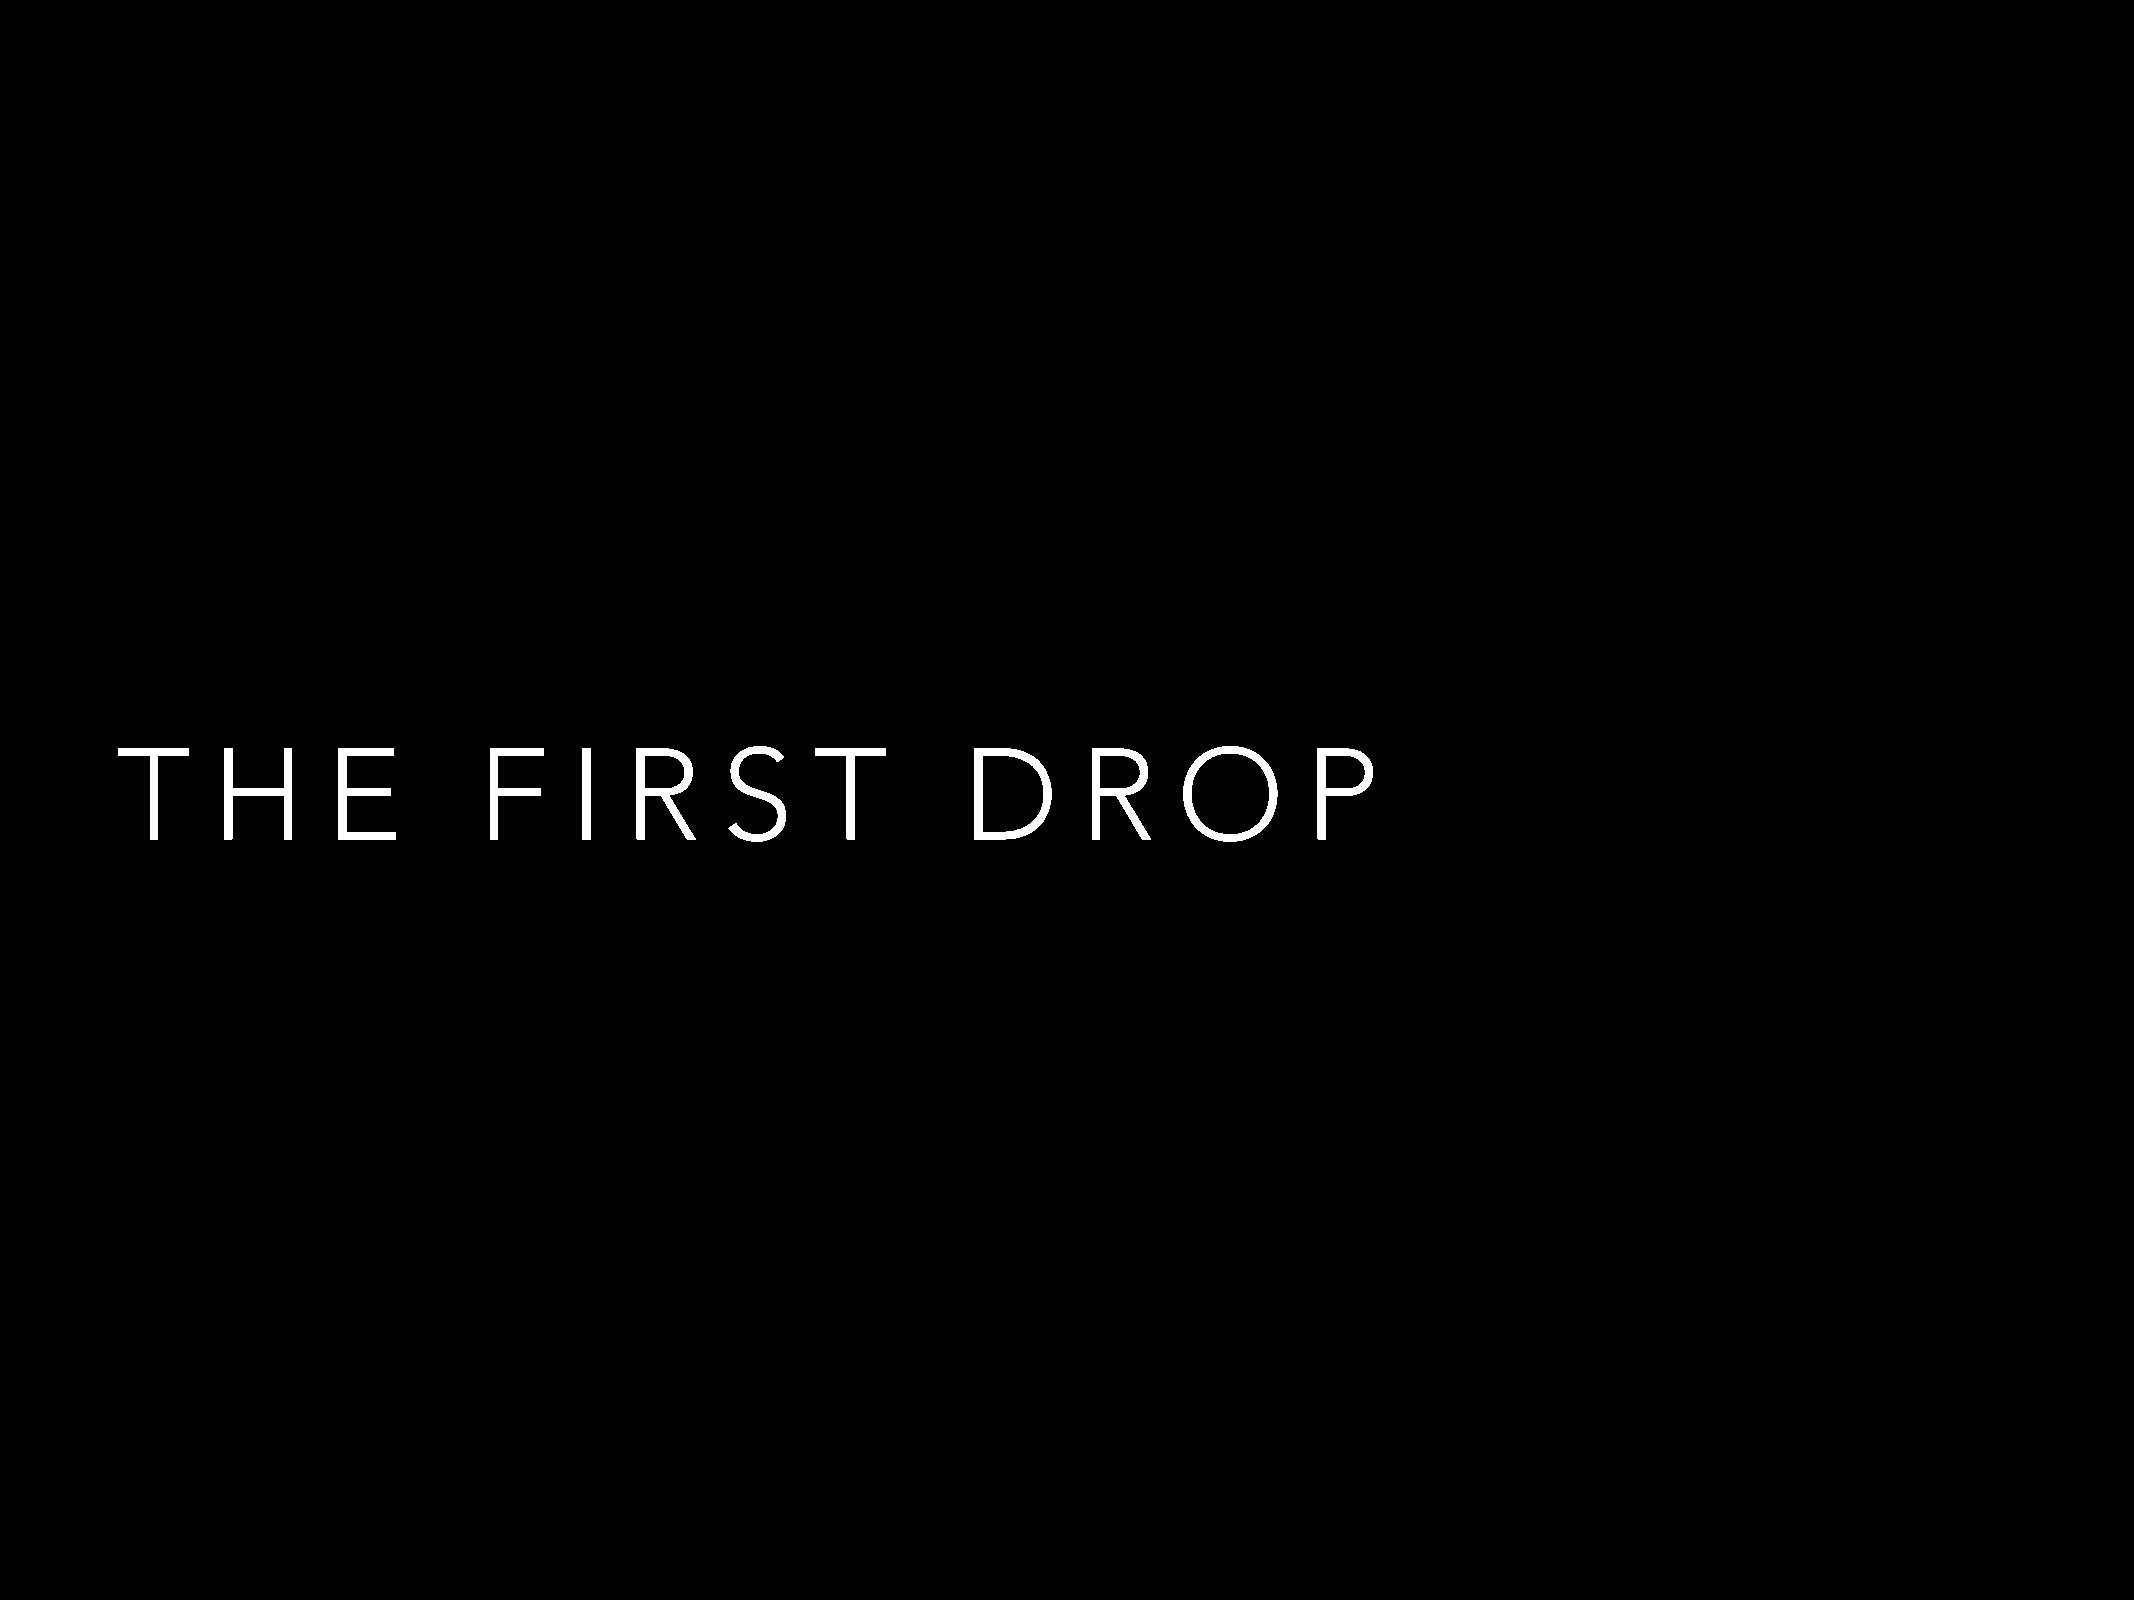
T     H       E         F     I  R      S     T         D      R      O       P